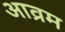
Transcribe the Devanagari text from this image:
आव्रम